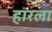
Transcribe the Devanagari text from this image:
हारला